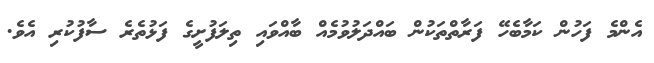
އެންމެ ފަހުން ކަމާބެހޭ ފަރާތްތަކުން ބައްދަލުވުމެއް ބާއްވައި ތިލަފުށީގެ ފަޅުތެރެ ސާފުކުރި އެވެ.